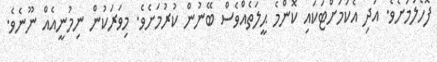
ފޮހެލުމަށެވެ. އަދި އެކަމަށްޓަކައި ކޮންމެ ޙީލަތެއްވެސް ބޭނުން ކުރުމަށެވެ. މިވަރަކުން ނިމުނީއެއް ނޫނެވެ.